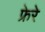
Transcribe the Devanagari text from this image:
फ्रेरे